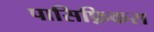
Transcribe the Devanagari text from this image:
पासिफ़िकस